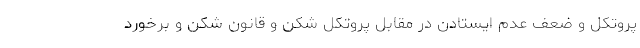
پروتکل و ضعف عدم ایستادن در مقابل پروتکل شکن و قانون شکن و برخورد